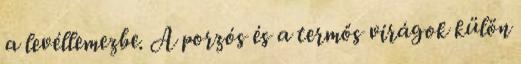
a levéllemezbe. A porzós és a termős virágok külön